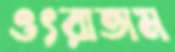
ওৎরাতাম